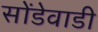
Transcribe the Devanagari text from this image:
सोंडेवाडी